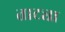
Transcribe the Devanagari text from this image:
ताट्या